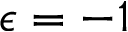
\epsilon = - 1